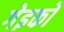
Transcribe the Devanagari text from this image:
गेइको